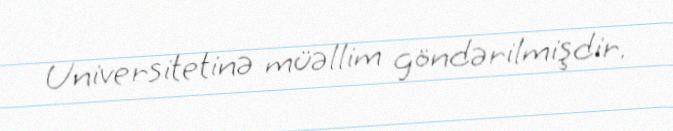
Universitetinə müəllim göndərilmişdir.